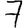
Digit: 7